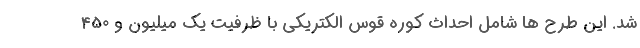
شد. این طرح ها شامل احداث کوره قوس الکتریکی با ظرفیت یک میلیون و 450